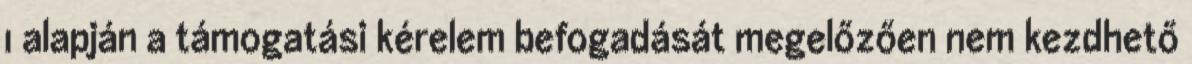
1 alapján a támogatási kérelem befogadását megelőzően nem kezdhető